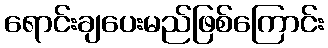
ရောင်းချပေးမည်ဖြစ်ကြောင်း